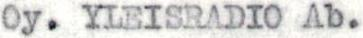
Oy. YLEISRADIO Ab.